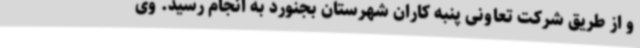
و از طریق شرکت تعاونی پنبه کاران شهرستان بجنورد به انجام رسید. وی